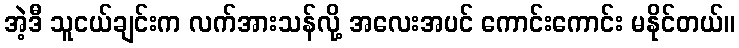
အဲ့ဒီ သူငယ်ချင်းက လက်အားသန်လို့ အလေးအပင် ကောင်းကောင်း မနိုင်တယ်။